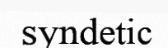
syndetic